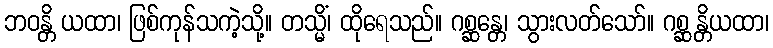
ဘဝန္တိ ယထာ၊ ဖြစ်ကုန်သကဲ့သို့။ တသ္မိံ၊ ထိုရေသည်။ ဂစ္ဆန္တေ၊ သွားလတ်သော်။ ဂစ္ဆန္တိယထာ၊